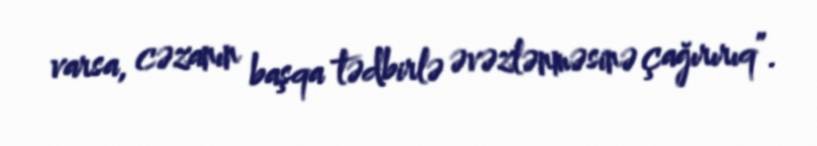
varsa, cəzanın başqa tədbirlə əvəzlənməsinə çağırırıq”.